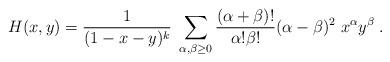
LaTeX: \begin{align*}H(x,y)=\frac{1}{(1-x-y)^k}\;\sum_{\alpha,\beta\ge 0}\frac{(\alpha+\beta)!}{\alpha!\beta!}(\alpha-\beta)^2\;x^\alpha y^\beta\; .\end{align*}